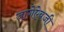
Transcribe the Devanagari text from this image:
जागेऐवजी